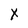
Character: X